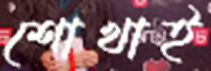
শোখাই